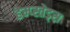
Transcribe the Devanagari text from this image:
हेम्प्स्तेड्स